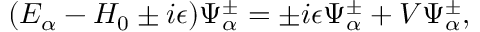
( E _ { \alpha } - H _ { 0 } \pm i \epsilon ) \Psi _ { \alpha } ^ { \pm } = \pm i \epsilon \Psi _ { \alpha } ^ { \pm } + V \Psi _ { \alpha } ^ { \pm } ,